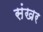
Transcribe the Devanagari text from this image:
संखर